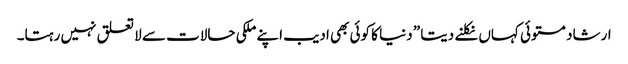
ارشاد مستوئی کہاں نکلنے دیتا ” دنیا کا کوئی بھی ادیب اپنے ملکی حالات سے لا تعلق نہیں رہتا۔